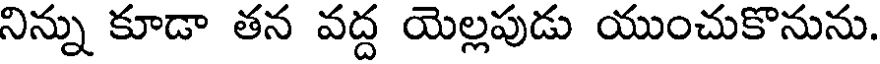
నిన్ను కూడా తన వద్ద యెల్లపుడు యుంచుకొనును.